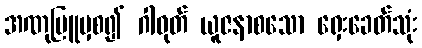
အဏုမြူမှစ၍ ဂါဝုတ် ယူဇနာစသော ရှေးခေတ်သုံး